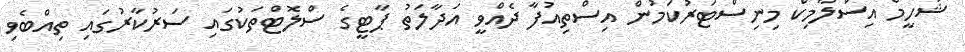
ޝަހީމް އިސްލާމިކް މިނިސްޓަރުކަމުން އިސްތިއުފާ ދެއްވީ އަދާލަތު ޕާޓީގެ ސްލޮޓްތަކުގައި ސަރުކާރުގައި ތިއްބެވި